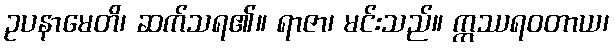
ဥပနာမေတိ၊ ဆက်သရ၏။ ရာဇာ၊ မင်းသည်။ ဣဿရဝတာယ၊